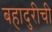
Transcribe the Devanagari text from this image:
बहादुरीची